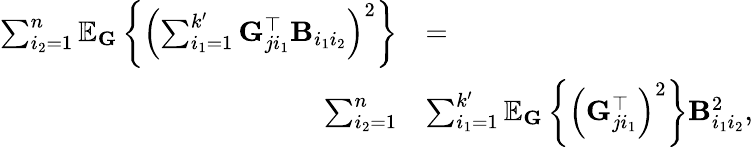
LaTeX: \begin{array}{rl}{\sum_{i_{2}=1}^{n}\mathbb{E}_{\mathbf{G}}\left\{ \left(\sum_{i_{1}=1}^{k^{\prime}}\mathbf{G}_{ji_{1}}^{\top}\mathbf{B}_{i_{1}i_{2}}\right)^{2}\right\} }&{=}\\ {\sum_{i_{2}=1}^{n}}&{\sum_{i_{1}=1}^{k^{\prime}}\mathbb{E}_{\mathbf{G}}\left\{ \left(\mathbf{G}_{ji_{1}}^{\top}\right)^{2}\right\} \mathbf{B}_{i_{1}i_{2}}^{2},}\end{array}